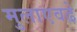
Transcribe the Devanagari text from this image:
मुलाएवढे